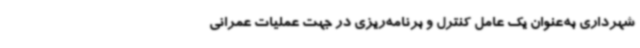
شهرداری به‌عنوان یک عامل کنترل و برنامه‌ریزی در جهت عملیات عمرانی